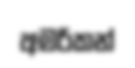
අමරිකන්